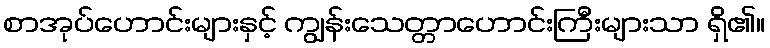
စာအုပ်ဟောင်းများနှင့် ကျွန်းသေတ္တာဟောင်းကြီးများသာ ရှိ၏။